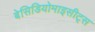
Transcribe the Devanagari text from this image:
बेसिडियोमाइसीट्स